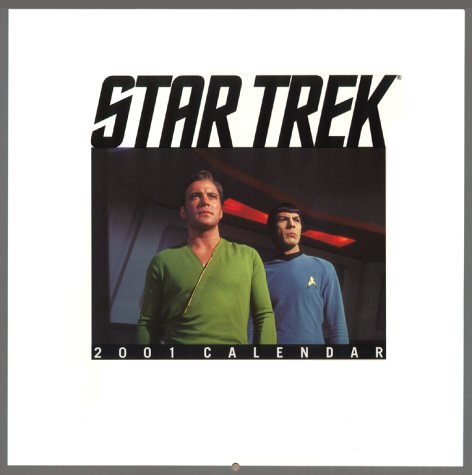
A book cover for Star Trek 2001 Calendar (Star Trek: The Original Series); Star Trek; Calendars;